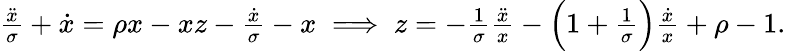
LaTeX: \begin{array}{r}{\frac{\ddot{x}}{\sigma}+\dot{x}=\rho x-xz-\frac{\dot{x}}{\sigma}-x\implies z=-\frac{1}{\sigma}\frac{\ddot{x}}{x}-\Big(1+\frac{1}{\sigma}\Big)\frac{\dot{x}}{x}+\rho-1.}\end{array}